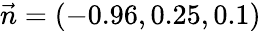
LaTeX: \vec{n}=(-0.96,0.25,0.1)